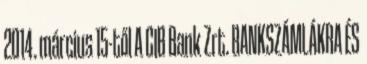
2014. március 15-től A CIB Bank Zrt. BANKSZÁMLÁKRA ÉS